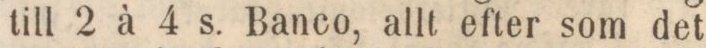
till 2 à 4 s. Banco, allt efter som det